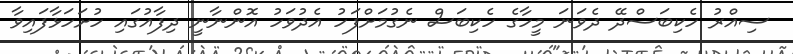
ސިއްރު ހެކިބަސްދޭ ދެވަނަ މީހާގެ ހެކިބަސް ނެގުމަށްފަހު އެދުވަހު އޮންނާނީ ދިފާއުގައި ހުށަހަޅާފައިވާ